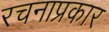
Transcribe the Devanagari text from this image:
रचनाप्रकार